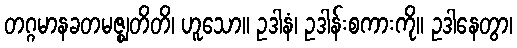
တဂ္ဂမာနခတမဇ္ဈတိတိ၊ ဟူသော။ ဥဒါနံ၊ ဥဒါန်းစကားကို။ ဥဒါနေတွာ၊